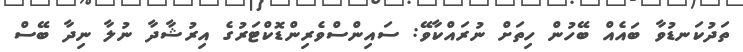
ތަދުކަނޑުވާ ބައެއް ބޭހުން ހިތަށް ނުރައްކާވޭ: ސައިންސްވެރިންޑޮކްޓަރުގެ އިރުޝާދާ ނުލާ ނިދާ ބޭސް